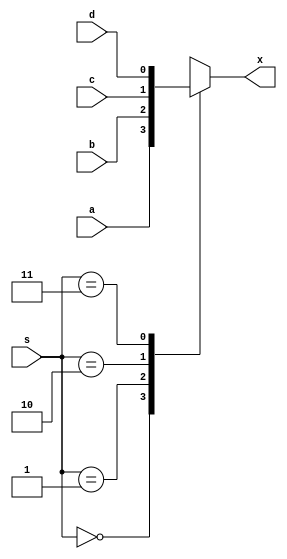
module tt_prim_mux4 (
	input  wire a,
	input  wire b,
	input  wire c,
	input  wire d,
	output reg  x,
	input  wire [1:0] s
);

	always @(*)
		case (s)
			2'b00:   x = a;
			2'b01:   x = b;
			2'b10:   x = c;
			2'b11:   x = d;
			default: x = 1'bx;
		endcase

endmodule